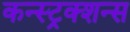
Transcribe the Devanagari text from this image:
कन्स्ट्रक्शन्स